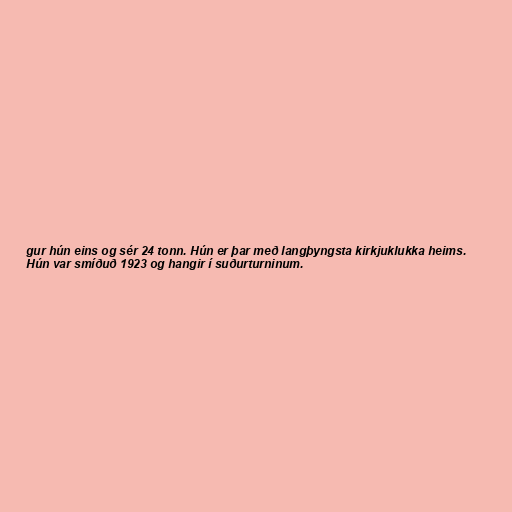
gur hún eins og sér 24 tonn. Hún er þar með langþyngsta kirkjuklukka heims.
Hún var smíðuð 1923 og hangir í suðurturninum.